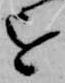
を